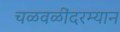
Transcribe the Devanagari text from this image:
चळवळींदरम्यान